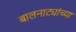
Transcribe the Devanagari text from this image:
बालनाट्यांच्या